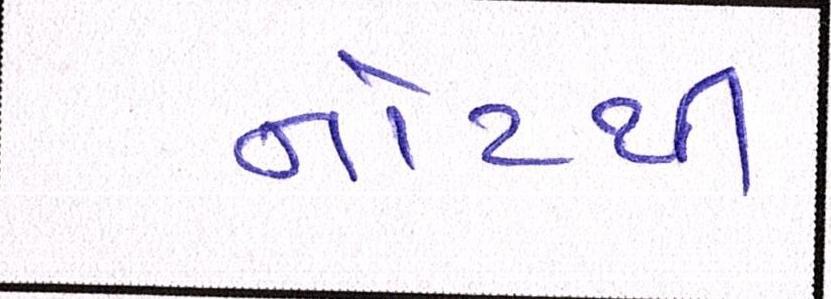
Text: નોટથી